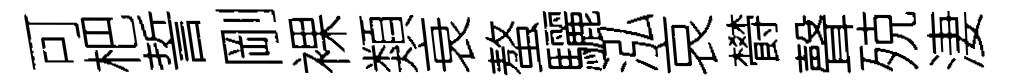
可杷誓剛裸類衰螯驪泓哀欎聲殑淒